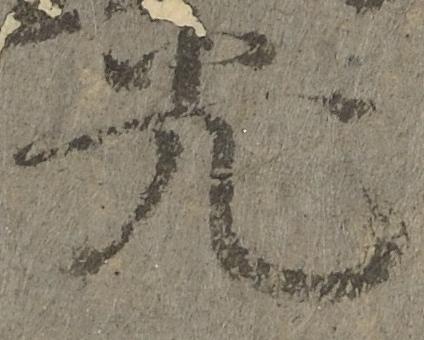
光